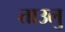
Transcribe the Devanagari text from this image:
ताउलु